Annual report on the Civil Veterinary Department, Burma (including the Insein Veterinary School) - 1910-1922
Year: 1910
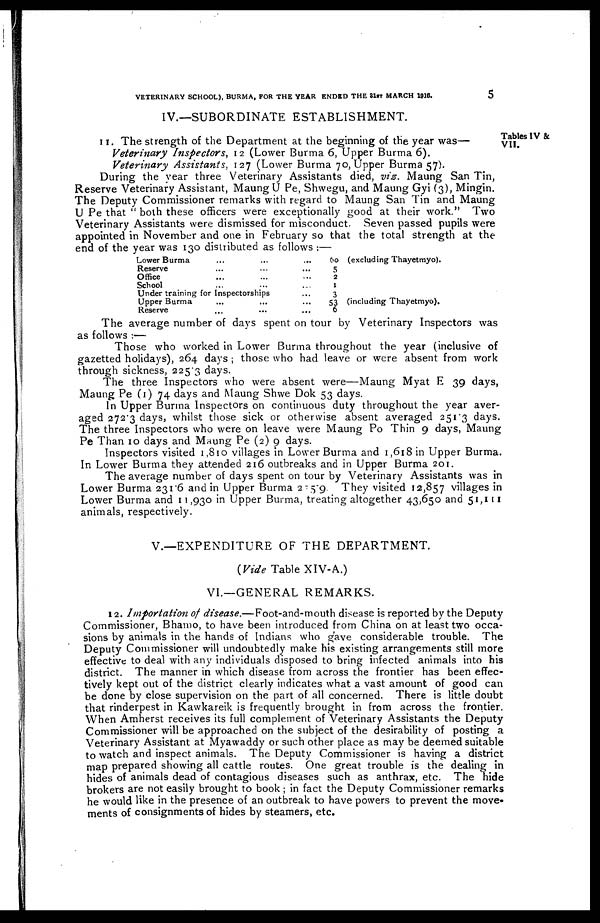
VETERINARY SCHOOL), BURMA, FOR THE YEAR ENDED THE 31ST MARCH 1916.
5
IV.—SUBORDINATE ESTABLISHMENT.
Tables IV &
VII.
11. The strength of the Department at the beginning of the year was—
Veterinary Inspectors, 12 (Lower Burma 6, Upper Burma 6).
Veterinary Assistants, 127 (Lower Burma 70, Upper Burma 57).
During the year three Veterinary Assistants died, vi2. Maung San Tin,
Reserve Veterinary Assistant, Maung U Pe, Shwegu, and Maung Gyi (3), Mingin.
The Deputy Commissioner remarks with regard to Maung San Tin and Maung
U Pe that " both these officers were exceptionally good at their work." Two
Veterinary Assistants were dismissed for misconduct. Seven passed pupils were
appointed in November and one in February so that the total strength at the
end of the year was 130 distributed as follows :—
Lower Burma
Reserve
Office
School
...
...
...
...
Under training for Inspectorships
Upper Burma
Reserve
...
...
...
...
...
...
...
...
...
...
...
60
5
2
1
3
53
6
(excluding Thayetmyo).
(including Thayetmyo).
The average number of days spent on tour by Veterinary Inspectors was
as follows :—
Those who worked in Lower Burma throughout the year (inclusive of
gazetted holidays), 264 days ; those who had leave or were absent from work
through sickness, 2253 days.
The three Inspectors who were absent were—Maung Myat E 39 days,
Maung Pe (1) 74 days and Maung Shwe Dok 53 days.
In Upper Burma Inspectors on continuous duty throughout the year aver-
aged 272.3 days, whilst those sick or otherwise absent averaged 251 3 days.
The three Inspectors who were on leave were Maung Po Thin 9 days, Maung
Pe Than 10 days and Maung Pe (2) 9 days.
Inspectors visited 1,810 villages in Lower Burma and 1,618 in Upper Burma.
In Lower Burma they attended 216 outbreaks and in Upper Burma 201.
The average number of days spent on tour by Veterinary Assistants was in
Lower Burma 231.6 and in Upper Burma 225.9. They visited 12,857 villages in
Lower Burma and 11,930 in Upper Burma, treating altogether 43,650 and 51,111
animals, respectively.
V.—EXPENDITURE OF THE DEPARTMENT.
(Vide Table XIV-A.)
VI.—GENERAL REMARKS.
12. Importation of disease.—Foot-and-mouth
disease is reported by the Deputy
Commissioner, Bhamo, to have been introduced from China on at least two occa-
sions by animals in the hands of Indians who gave considerable trouble. The
Deputy Commissioner will undoubtedly make his existing arrangements still more
effective to deal with any individuals disposed to bring infected animals into his
district. The manner in which disease from across the frontier has been effec-
tively kept out of the district clearly indicates what a vast amount of good can
be done by close supervision on the part of all concerned. There is little doubt
that rinderpest in Kawkareik is frequently brought in from across the frontier.
When Amherst receives its full complement of Veterinary Assistants the Deputy
Commissioner will be approached on the subject of the desirability of posting a
Veterinary Assistant at Myawaddy or such other place as may be deemed suitable
to watch and inspect animals. The Deputy Commissioner is having a district
map prepared showing all cattle routes. One great trouble is the dealing in
hides of animals dead of contagious diseases such as anthrax, etc. The hide
brokers are not easily brought to book; in fact the Deputy Commissioner remarks
he would like in the presence of an outbreak to have powers to prevent the move
ments of consignments of hides by steamers, etc.